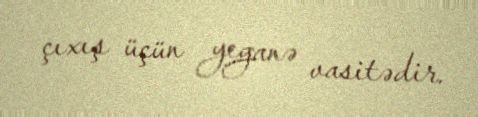
çıxış üçün yeganə vasitədir.